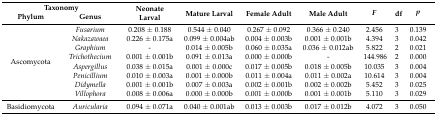
| <COLSPAN=2> Taxonomy | <ROWSPAN=2> Neonate Larval | <ROWSPAN=2> Mature Larval | <ROWSPAN=2> Female Adult | <ROWSPAN=2> Male Adult | <ROWSPAN=2> F | <ROWSPAN=2> df | <ROWSPAN=2> p |
 | Phylum | Genus |
 | --- | --- | --- | --- | --- | --- | --- | --- | --- |
 | <ROWSPAN=8> Ascomycota | Fusarium | 0.208 ± 0.188 | 0.544 ± 0.040 | 0.267 ± 0.092 | 0.366 ± 0.240 | 2.456 | 3 | 0.139 |
 | Nakazawaea | 0.226 ± 0.175a | 0.099 ± 0.004ab | 0.004 ± 0.003b | 0.001 ± 0.001b | 4.394 | 3 | 0.042 |
 | Graphium | - | 0.014 ± 0.005b | 0.060 ± 0.035a | 0.036 ± 0.012ab | 5.822 | 2 | 0.021 |
 | Trichothecium | 0.001 ± 0.001b | 0.091 ± 0.013a | 0.000 ± 0.000b | - | 144.986 | 2 | 0.000 |
 | Aspergillus | 0.038 ± 0.015a | 0.001 ± 0.000c | 0.017 ± 0.005b | 0.018 ± 0.005b | 10.035 | 3 | 0.004 |
 | Penicillium | 0.010 ± 0.003a | 0.001 ± 0.000b | 0.011 ± 0.004a | 0.011 ± 0.002a | 10.614 | 3 | 0.004 |
 | Didymella | 0.001 ± 0.001b | 0.007 ± 0.003a | 0.002 ± 0.001b | 0.002 ± 0.002b | 5.452 | 3 | 0.025 |
 | Villophora | 0.008 ± 0.006a | 0.000 ± 0.000b | 0.001 ± 0.000b | 0.001 ± 0.001b | 5.110 | 3 | 0.029 |
 | Basidiomycota | Auricularia | 0.094 ± 0.071a | 0.040 ± 0.001ab | 0.013 ± 0.003b | 0.017 ± 0.012b | 4.072 | 3 | 0.050 |